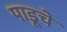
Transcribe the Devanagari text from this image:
पाडूचे